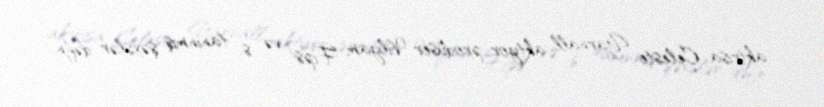
aktrisa Celeste Yarnall, aktyor-prodüser Vilyam Fips və s. tanınmış şəxslər dəfn